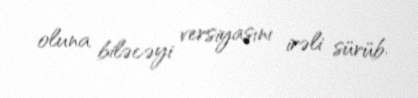
oluna biləcəyi versiyasını irəli sürüb.